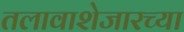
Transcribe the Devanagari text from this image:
तलावाशेजारच्या